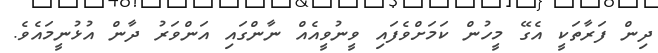
ދިން ފަރާތަކީ އެގޭ މީހުން ކަމަށްވެފައި ވީނުވީއެއް ނާންގައި އަންވަރު ދާން އުޅުނީމައެވެ.